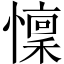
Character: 懍